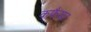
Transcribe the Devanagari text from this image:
कफैयत